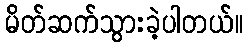
မိတ်ဆက်သွားခဲ့ပါတယ်။